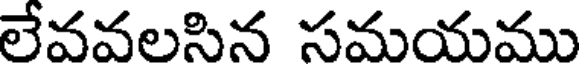
లేవవలసిన సమయము